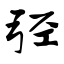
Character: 弪